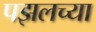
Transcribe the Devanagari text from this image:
पझलच्या